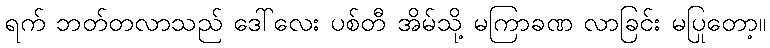
ရက် ဘတ်တလာသည် ဒေါ်လေး ပစ်တီ အိမ်သို့ မကြာခဏ လာခြင်း မပြုတော့။